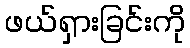
ဖယ်ရှားခြင်းကို